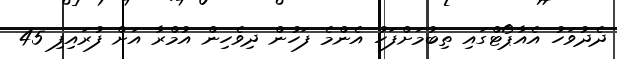
ދެދުވަހު އެއާޕޯޓްގައި ތިބުމަށްފަހު އެންމެ ފަހުން ދިވެހިން އުމްރާ އަށް ފުރައިފި 45